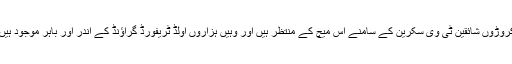
کروڑوں شائقین ٹی وی سکرین کے سامنے اس میچ کے منتظر ہیں اور وہیں ہزاروں اولڈ ٹریفورڈ گراﺅنڈ کے اندر اور باہر موجود ہیں۔